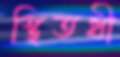
স্থিতধী